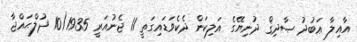
އާއިލާ ޢަބުދު ޞާދިޤް ދުނިޔޭގެ އަލިކަން ދެކެވަޑައިގަތީ 11 ޖެނުއަރީ 1935(10 ޛުލްޙައްޖާ